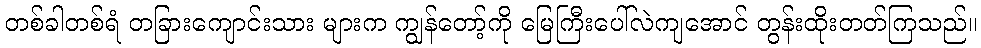
တစ်ခါတစ်ရံ တခြားကျောင်းသား များက ကျွန်တော့်ကို မြေကြီးပေါ်လဲကျအောင် တွန်းထိုးတတ်ကြသည်။